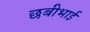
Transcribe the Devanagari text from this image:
छबीभाई